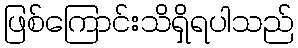
ဖြစ်ကြောင်းသိရှိရပါသည်